Lunatic asylums Madras 1877-1891 - 1877-1891
Year: 1877
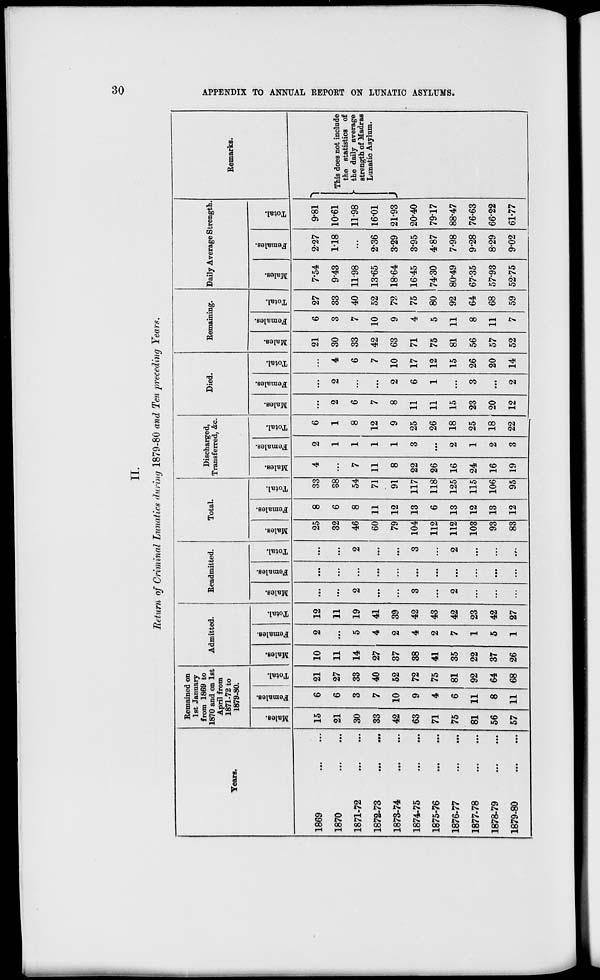
30
APPENDIX TO ANNUAL REPORT ON LUNATIC ASYLUMS,
II.
Return of Criminal Lunatics during 1879-80 and Ten preceding Years.
Years.
1869 ... ...
1870
...
...
1871-72
...
...
1872-73 ... ...
1873-74 ... ...
1874-75
...
...
1875-76
...
...
1876-77
...
...
1877-78
...
...
1878-79
...
...
1879-80 ... ...
Remained on
1st January
from 1869 to
1870 and on 1st
April from
1871-72 to
1879-80.
Males.
15
21
30
33
42
63
71
75
81
56
57
Females.
6
6
3
7
10
9
4
6
11
8
11
Total.
21
27
33
40
52
72
75
81
92
64
68
Admitted.
Males.
10
11
14
27
37
38
41
35
22
37
26
Females.
2
...
5
4
2
4
2
7
1
5
1
Total.
12
11
19
41
39
42
43
42
23
42
27
Readmitted.
Males.
...
...
2
...
...
3
...
2
...
...
...
Females.
...
...
...
...
...
...
...
...
...
...
...
Total.
...
...
2
...
...
3
...
2
...
...
...
Total.
Males.
25
32
46
60
79
104
112
112
103
93
83
Females.
8
6
8
11
12
13
6
13
12
13
12
Total.
33
38
54
71
91
117
118
125
115
106
95
Discharged,
Transferred, &c.
Males.
4
...
7
11
8
22
26
16
24
16
19
Females.
2
1
1
1
1
3
...
2
1
2
3
Total.
6
1
8
12
9
25
26
18
25
18
22
Died.
Males.
...
2
6
7
8
11
11
15
23
20
12
Females.
...
2
...
...
2
6
1
...
3
...
2
Total.
...
4
6
7
10
17
12
15
26
20
14
Remaining.
Males.
21
30
33
42
63
71
75
81
56
57
52
Females.
6
3
7
10
9
4
5
11
8
11
7
Total.
27
33
40
52
72
75
80
92
64
68
59
Daily Average Strength.
Males.
7.54
9.43
11.98
13.65
18.64
16.45
74.30
80.49
67.35
57.93
52.75
Females.
2.27
1.18
...
2.36
3.29
3.95
4.87
7.98
9.28
8.29
9.02
Total.
9.81
10.61
11.98
16.01
21.93
20.40
79.17
88.47
76.63
66.22
61.77
Remarks.
This does not include
the statistics of
the daily average
strength of Madras
Lunatic Asylum.